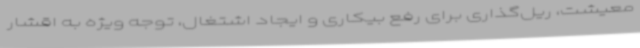
معیشت، ریل‌گذاری برای رفع بیکاری و ایجاد اشتغال، توجه ویژه به اقشار